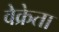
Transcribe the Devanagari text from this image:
वेक्रेता